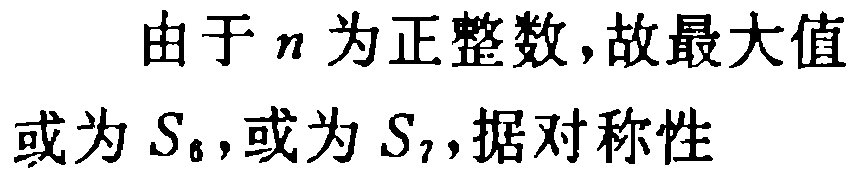
由于 \(n\) 为正整数,故最大值或为 \(S_{6}\),或为 \(S_{7}\),据对称性